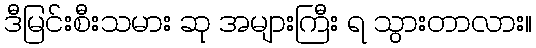
ဒီမြင်းစီးသမား ဆု အများကြီး ရ သွားတာလား။